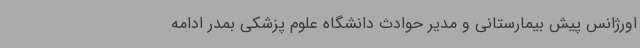
اورژانس پیش بیمارستانی و مدیر حوادث دانشگاه علوم پزشکی بمدر ادامه